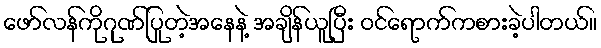
ဖော်လန်ကိုဂုဏ်ပြုတဲ့အနေနဲ့ အချိန်ယူပြီး ဝင်ရောက်ကစားခဲ့ပါတယ်။